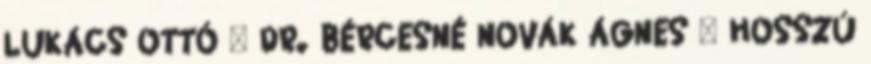
LUKÁCS OTTÓ – DR. BÉRCESNÉ NOVÁK ÁGNES – HOSSZÚ